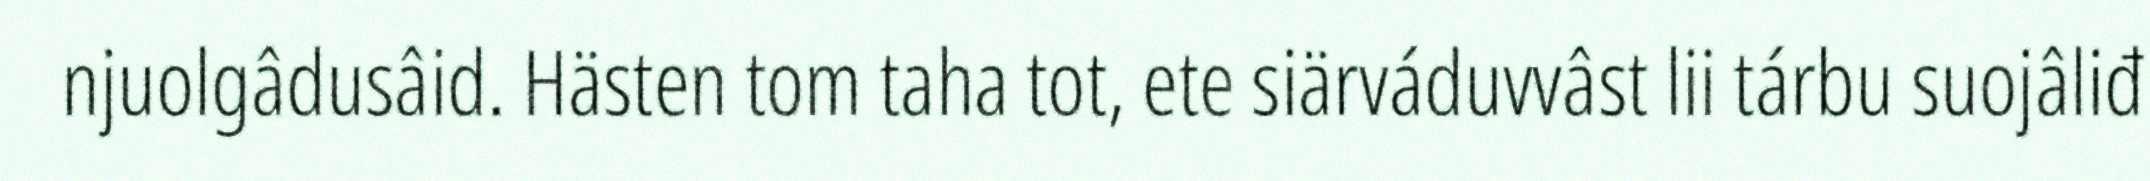
njuolgâdusâid. Hästen tom taha tot, ete siärváduvvâst lii tárbu suojâliđ